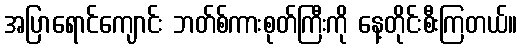
အပြာရောင်ကျောင်း ဘတ်စ်ကားစုတ်ကြီးကို နေ့တိုင်းစီးကြတယ်။